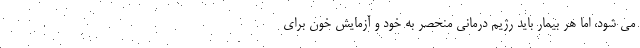
می شود، اما هر بیمار باید رژیم درمانی منحصر به خود و آزمایش خون برای